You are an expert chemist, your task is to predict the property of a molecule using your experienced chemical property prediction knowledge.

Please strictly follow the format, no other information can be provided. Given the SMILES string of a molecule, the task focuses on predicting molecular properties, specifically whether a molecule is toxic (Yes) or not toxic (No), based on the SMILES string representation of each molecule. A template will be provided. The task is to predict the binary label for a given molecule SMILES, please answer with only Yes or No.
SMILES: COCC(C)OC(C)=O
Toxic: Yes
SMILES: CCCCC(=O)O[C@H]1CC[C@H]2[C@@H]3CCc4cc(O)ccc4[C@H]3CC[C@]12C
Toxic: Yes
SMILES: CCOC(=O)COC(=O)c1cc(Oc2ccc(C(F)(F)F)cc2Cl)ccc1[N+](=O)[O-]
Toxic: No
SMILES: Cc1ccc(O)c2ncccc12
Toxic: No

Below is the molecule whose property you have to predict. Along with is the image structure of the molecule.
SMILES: Brc1nc2ccccc2s1
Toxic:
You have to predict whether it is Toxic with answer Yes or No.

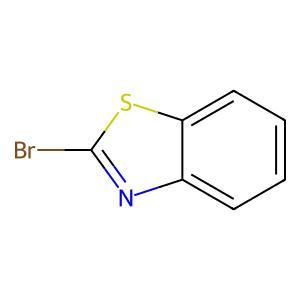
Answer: No